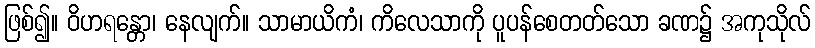
ဖြစ်၍။ ဝိဟရန္တော၊ နေလျက်။ သာမာယိကံ၊ ကိလေသာကို ပူပန်စေတတ်သော ခဏ၌ အကုသိုလ်